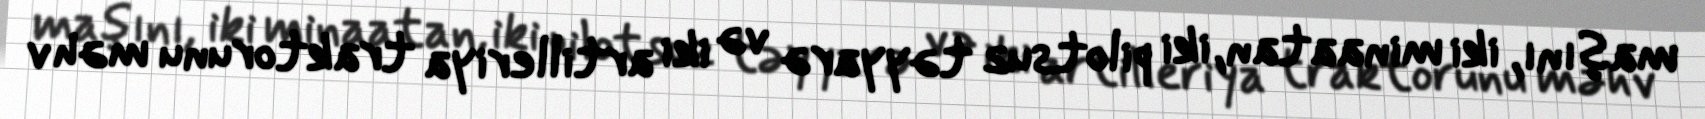
maşını, iki minaatan, iki pilotsuz təyyarə və iki artilleriya traktorunu məhv